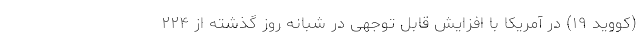
(کووید ۱۹) در آمریکا با افزایش قابل توجهی در شبانه روز گذشته از ۲۲۴